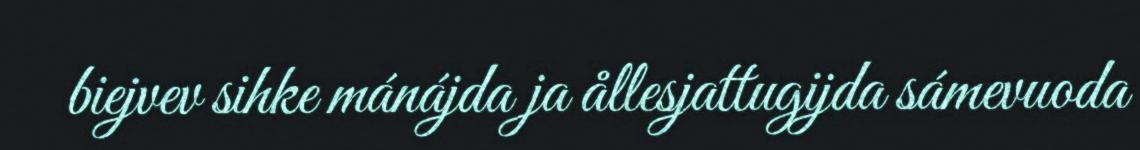
biejvev sihke mánájda ja ållesjattugijda sámevuoda